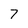
Character: 7